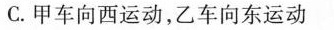
C.甲车向西运动，乙车向东运动